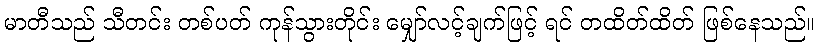
မာတီသည် သီတင်း တစ်ပတ် ကုန်သွားတိုင်း မျှော်လင့်ချက်ဖြင့် ရင် တထိတ်ထိတ် ဖြစ်နေသည်။